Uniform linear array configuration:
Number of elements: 16
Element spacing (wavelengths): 0.25
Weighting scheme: binomial
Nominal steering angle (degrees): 60
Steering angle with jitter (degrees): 60.33
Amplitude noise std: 0.05
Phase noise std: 0.05

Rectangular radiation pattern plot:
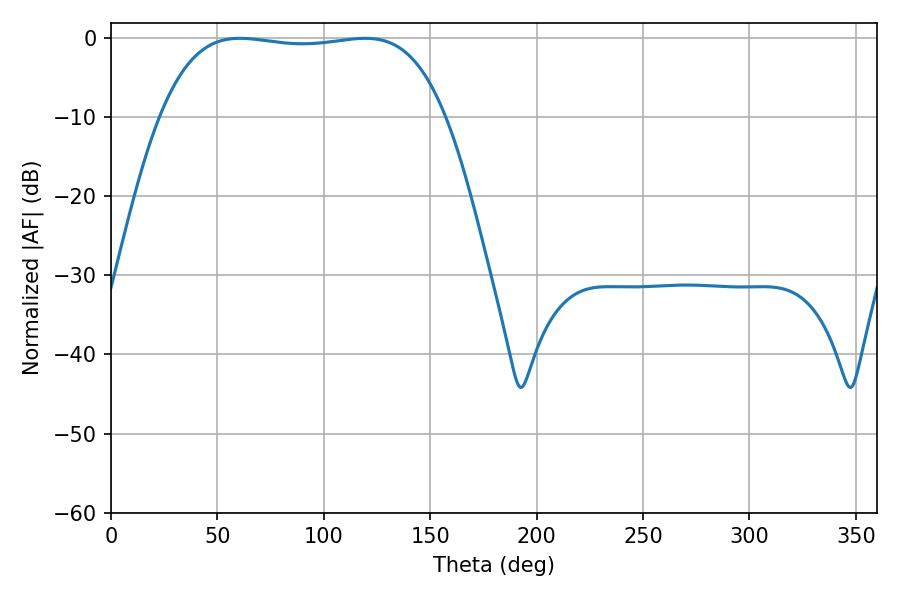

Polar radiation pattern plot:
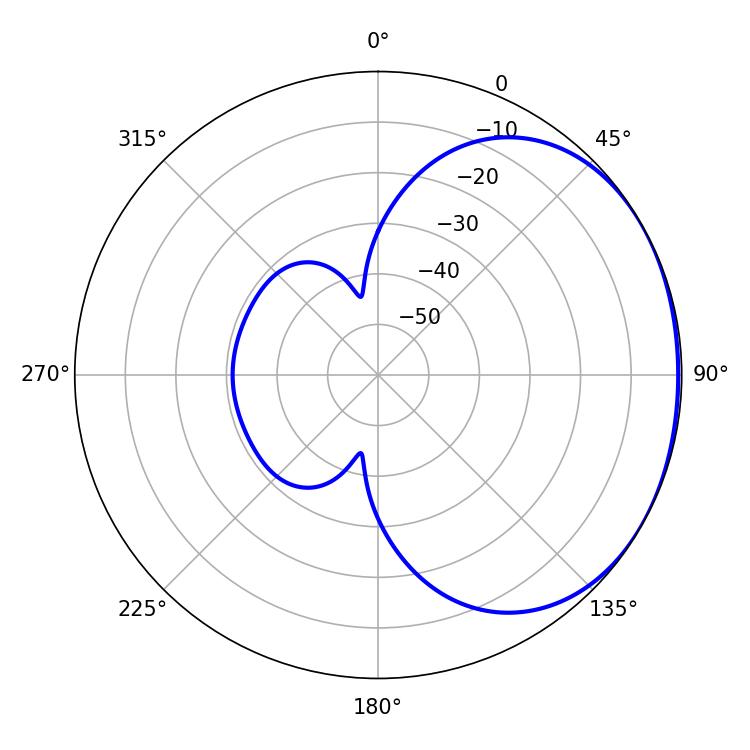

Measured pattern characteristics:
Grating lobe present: FALSE
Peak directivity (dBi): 1.253
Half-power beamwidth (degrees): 105.84
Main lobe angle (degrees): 60.48